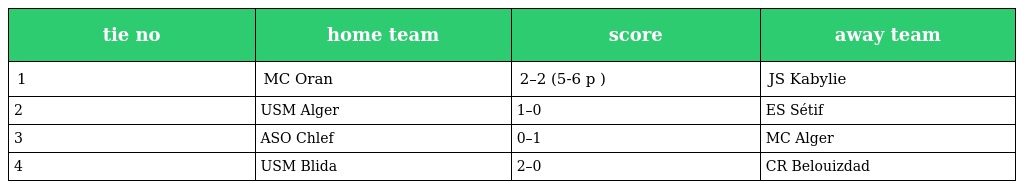
| tie no | home team | score | away team |
 | --- | --- | --- | --- |
 | 1 | MC Oran | 2–2 (5-6 p ) | JS Kabylie |
 | 2 | USM Alger | 1–0 | ES Sétif |
 | 3 | ASO Chlef | 0–1 | MC Alger |
 | 4 | USM Blida | 2–0 | CR Belouizdad |